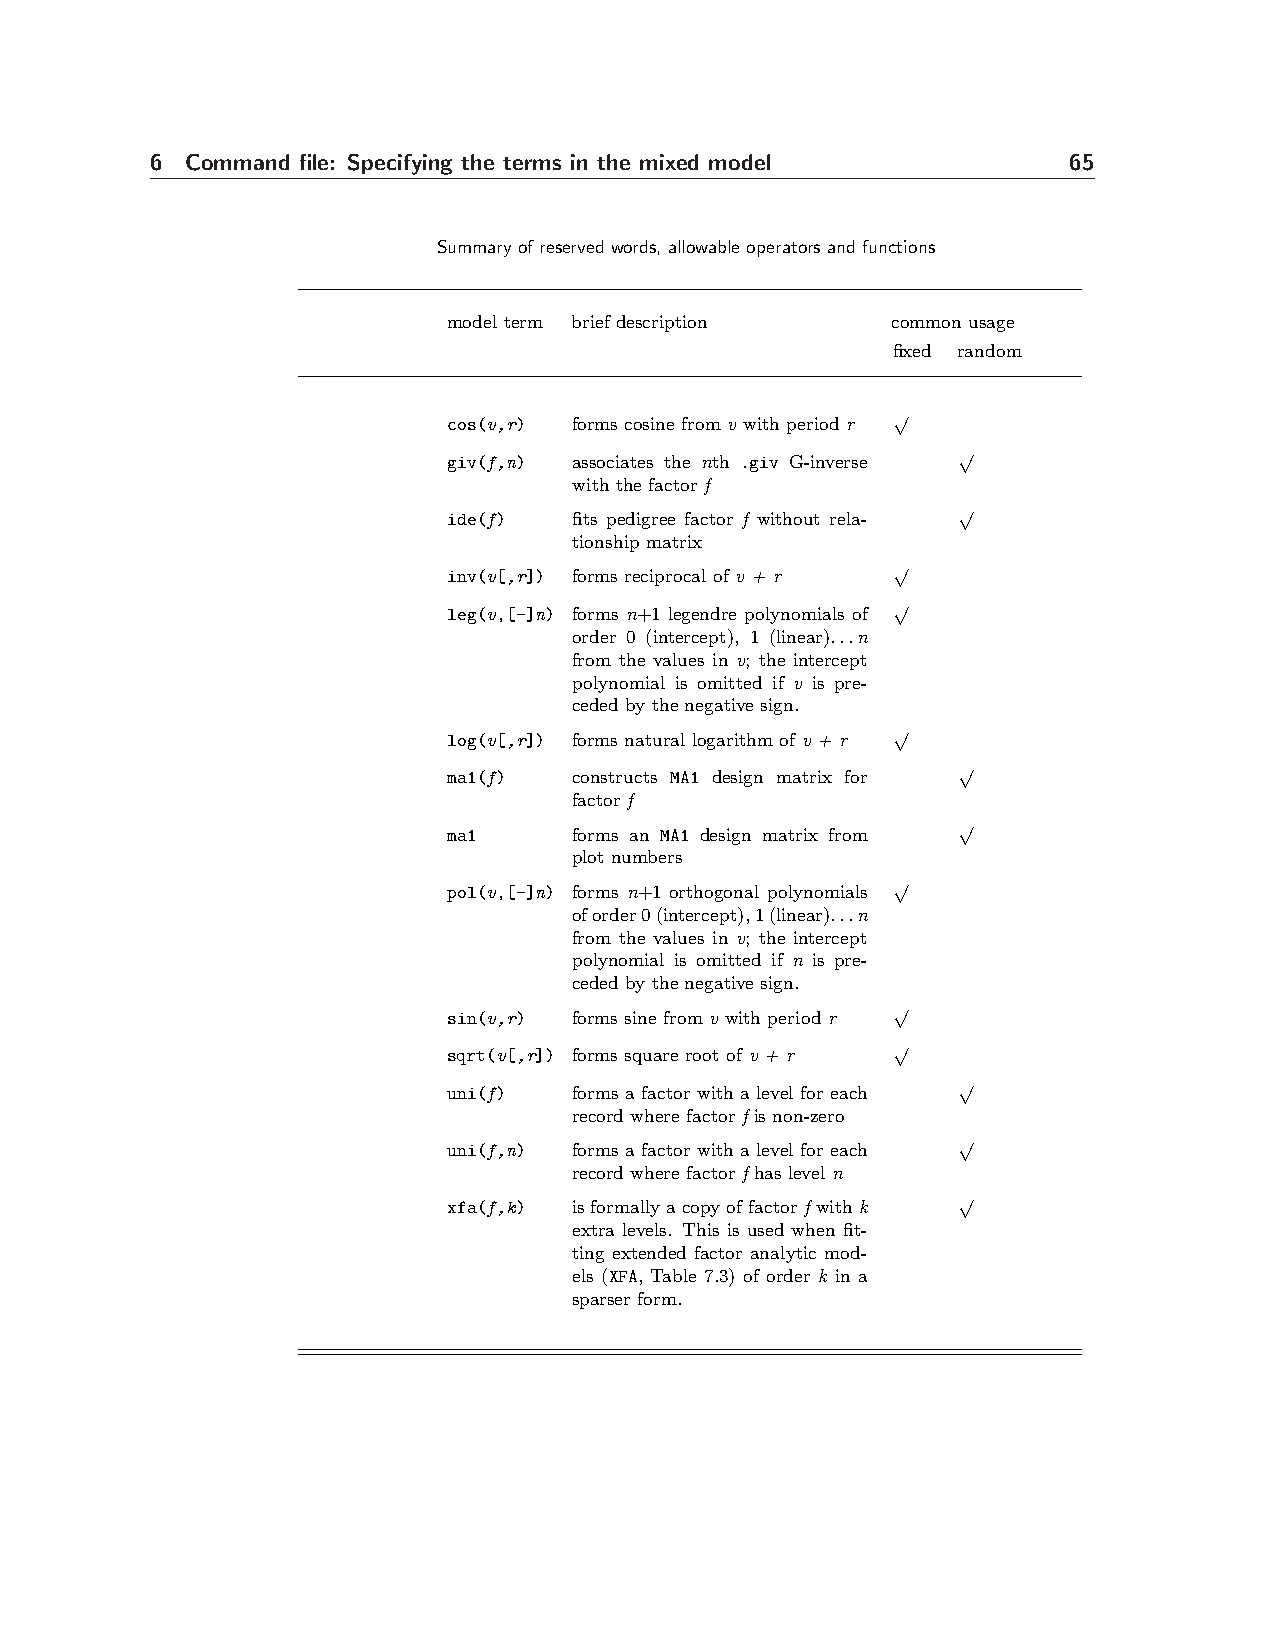
6 Command file: Specifying the terms in the mixed model      65
 Summary of reserved words, allowable operators and functions
 model term brief description common usage
 fixed random
 √
 cos(v,r) forms cosine from v with period r
 √
 giv(f,n) associates the nth .giv G-inverse
 with the factor f
 √
 ide(f)  fits pedigree factor f without rela-
 tionship matrix
 √
 inv(v[,r]) forms reciprocal of v + r
 √
 leg(v,[-]n) forms n+1 legendre polynomials of
 order 0 (intercept), 1 (linear)...n
 from the values in v; the intercept
 polynomial is omitted if v is pre-
 ceded by the negative sign.
 √
 log(v[,r]) forms natural logarithm of v + r
 √
 ma1(f)  constructs MA1 design matrix for
 factor f
 √
 ma1     forms an MA1 design matrix from
 plot numbers
 √
 pol(v,[-]n) forms n+1 orthogonal polynomials
 oforder0(intercept),1(linear)...n
 from the values in v; the intercept
 polynomial is omitted if n is pre-
 ceded by the negative sign.
 √
 sin(v,r) forms sine from v with period r
 √
 sqrt(v[,r]) forms square root of v + r
 √
 uni(f)  forms a factor with a level for each
 record where factor f is non-zero
 √
 uni(f,n) forms a factor with a level for each
 record where factor f has level n
 √
 xfa(f,k) isformallyacopyoffactorfwithk
 extra levels. This is used when fit-
 ting extended factor analytic mod-
 els (XFA, Table 7.3) of order k in a
 sparser form.